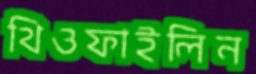
থিওফাইলিন